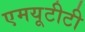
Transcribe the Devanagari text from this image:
एमयूटीटी